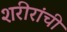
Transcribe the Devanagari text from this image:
शरीरांची